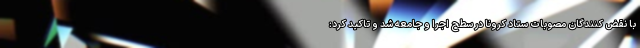
با نقض کنندگان مصوبات ستاد کرونا در سطح اجرا و جامعه شد و تاکید کرد: